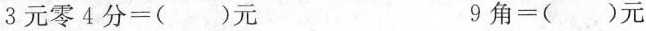
$$3元零4分=()元$$ $$9角=()元$$